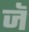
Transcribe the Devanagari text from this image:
जॅ